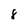
Character: 8